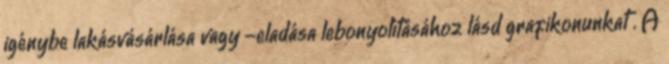
igénybe lakásvásárlása vagy -eladása lebonyolításához lásd grafikonunkat . A